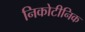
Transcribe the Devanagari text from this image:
निकोटीनिक